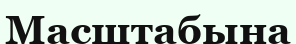
Масштабына